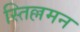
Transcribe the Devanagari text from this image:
स्तिल्लमन